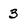
Character: 3